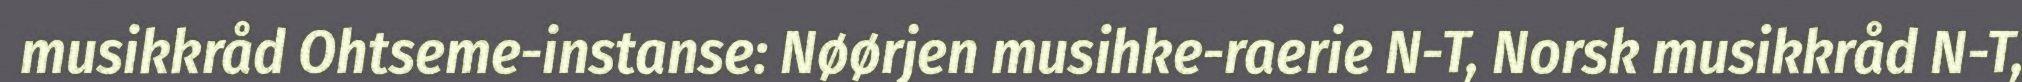
musikkråd Ohtseme-instanse: Nøørjen musihke-raerie N-T, Norsk musikkråd N-T,